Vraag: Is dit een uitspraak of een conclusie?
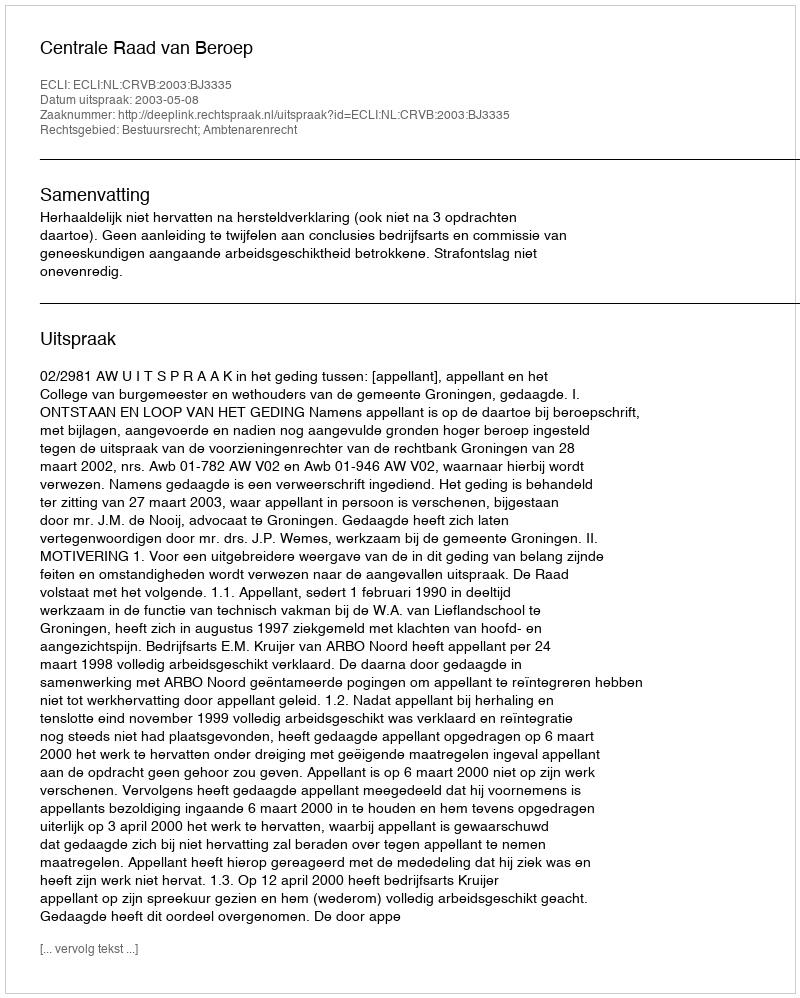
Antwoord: Uitspraak